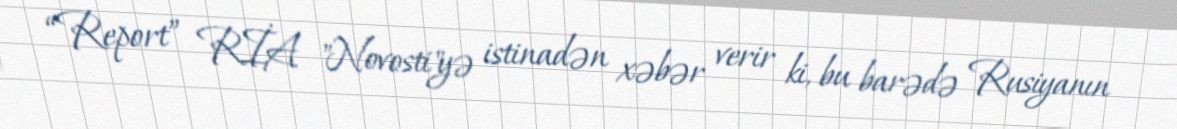
“Report” RİA "Novosti"yə istinadən xəbər verir ki, bu barədə Rusiyanın